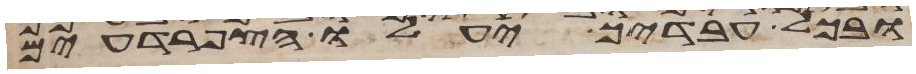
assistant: ובכל עבדיך יעלו הצפרדעים